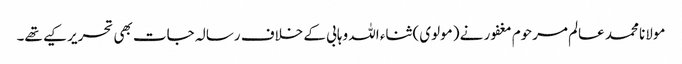
مولانا محمد عالم مرحوم مغفور نے (مولوی) ثناء اللہ وہابی کے خلاف رسالہ جات بھی تحریر کیے تھے۔